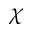
\chi